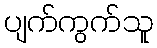
ပျက်ကွက်သူ